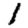
Digit: 1